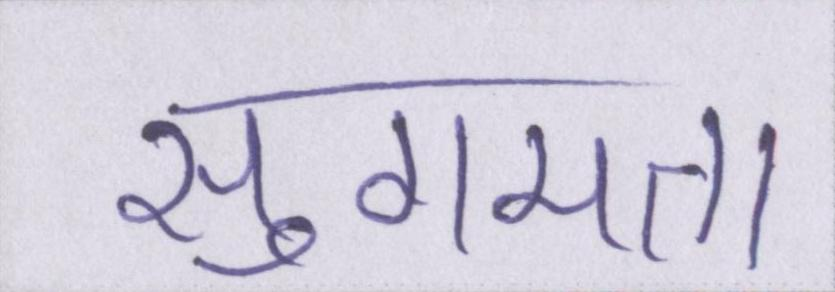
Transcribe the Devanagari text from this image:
सुगमता